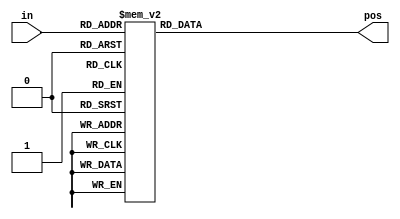
// synthesis verilog_input_version verilog_2001
// systemverilog-only syntax does not synthesize because of above line, so
// may need to waive lint errors
module top_module (
    input [3:0] in,
    output reg [1:0] pos
);

  // priority encoder: outputs position of the first (left-most)
  // 1 bit in a vector
  // verilog_lint: waive always-comb
  always @(*) begin
    case (in)
      4'h0: pos = 2'h0;
      4'h1: pos = 2'h0;
      4'h2: pos = 2'h1;
      4'h3: pos = 2'h0;
      4'h4: pos = 2'h2;
      4'h5: pos = 2'h0;
      4'h6: pos = 2'h1;
      4'h7: pos = 2'h0;
      4'h8: pos = 2'h3;
      4'h9: pos = 2'h0;
      4'ha: pos = 2'h1;
      4'hb: pos = 2'h0;
      4'hc: pos = 2'h2;
      4'hd: pos = 2'h0;
      4'he: pos = 2'h1;
      4'hf: pos = 2'h0;
      default: pos = {2{1'bx}};
    endcase
  end

endmodule